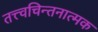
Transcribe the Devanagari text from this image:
तत्त्वचिन्तनात्मक